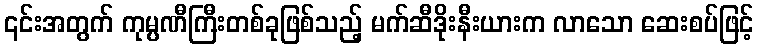
၎င်းအတွက် ကုမ္ပဏီကြီးတစ်ခုဖြစ်သည့် မက်ဆီဒိုးနီးယားက လာသော ဆေးစပ်ဖြင့်